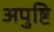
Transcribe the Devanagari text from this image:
अपुष्टि